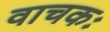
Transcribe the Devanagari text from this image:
वाचकः